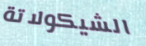
الشيكولاتة